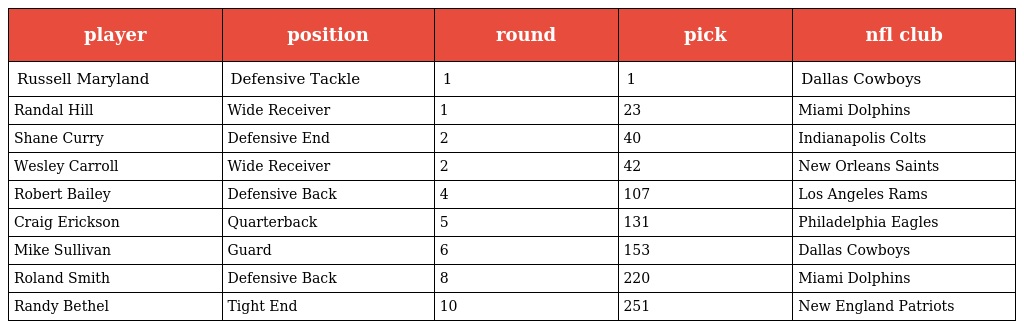
| player | position | round | pick | nfl club |
 | --- | --- | --- | --- | --- |
 | Russell Maryland | Defensive Tackle | 1 | 1 | Dallas Cowboys |
 | Randal Hill | Wide Receiver | 1 | 23 | Miami Dolphins |
 | Shane Curry | Defensive End | 2 | 40 | Indianapolis Colts |
 | Wesley Carroll | Wide Receiver | 2 | 42 | New Orleans Saints |
 | Robert Bailey | Defensive Back | 4 | 107 | Los Angeles Rams |
 | Craig Erickson | Quarterback | 5 | 131 | Philadelphia Eagles |
 | Mike Sullivan | Guard | 6 | 153 | Dallas Cowboys |
 | Roland Smith | Defensive Back | 8 | 220 | Miami Dolphins |
 | Randy Bethel | Tight End | 10 | 251 | New England Patriots |